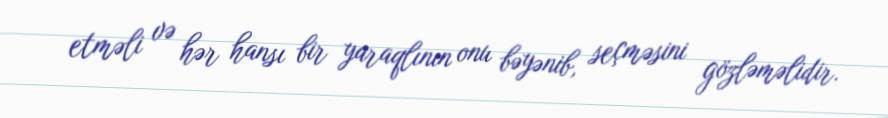
etməli və hər hansı bir yaraqlının onu bəyənib, seçməsini gözləməlidir.